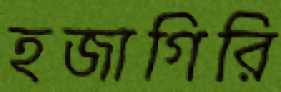
হজাগিরি